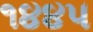
૧૪૪૫